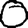
Digit: 0